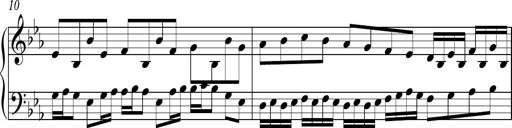
Title: Ten Piano Sonatinas
Composer: Andreas Sain